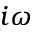
i \omega